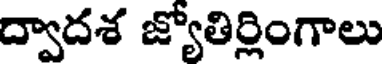
ద్వాదశ జ్యోతిర్లింగాలు